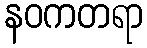
နဝကတရာ